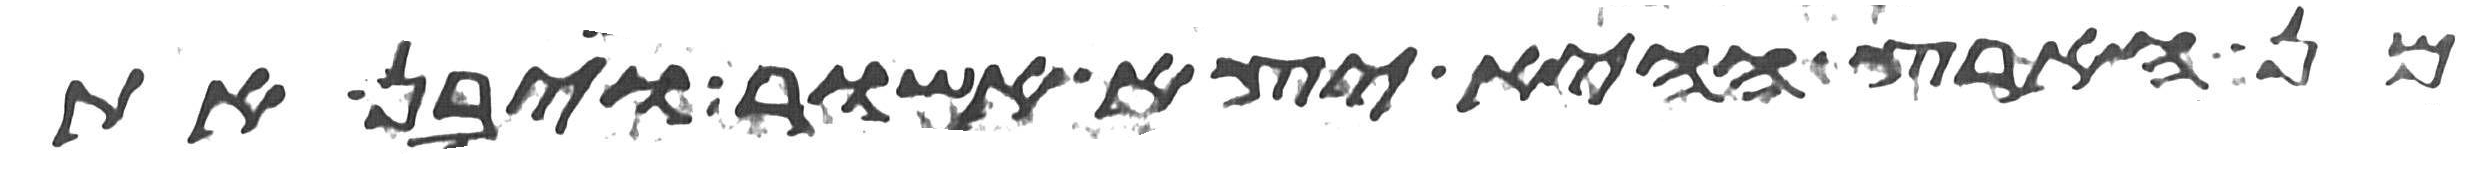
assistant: מן הארץ ההיא יצא אשור ויבן את